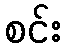
စင်း